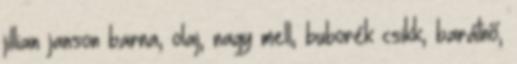
jillian janson barna, olaj, nagy mell, buborék csikk, barátnő,